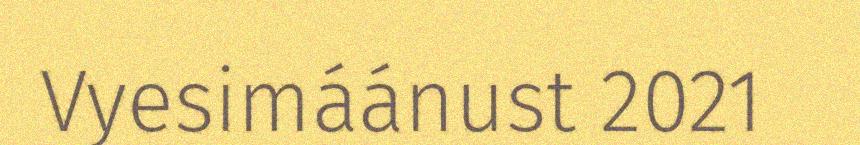
Vyesimáánust 2021